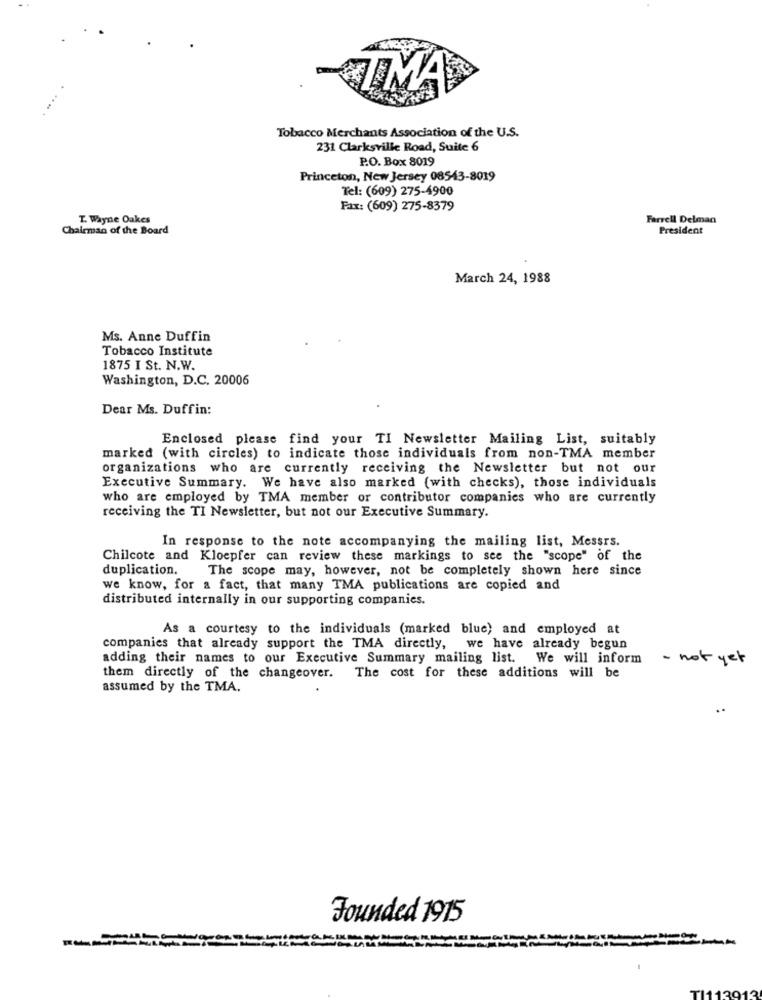
TMA
Tobacco Merchants Association of the U.S.
231 Clarksville Road, Suite 6
P.O. Box 8019
Princeton, New Jersey 08543-8019
Tel: (609) 275-4900
Fax: (609) 275-8379
T. Wayne Oakes
Farrell Delman
Chairman of the Board
President
March 24, 1988
Ms. Anne Duffin
Tobacco Institute
1875 I St. N.W.
Washington, D.C. 20006
Dear Ms. Duffin:
Enclosed please find your TI Newsletter Mailing List, suitably
marked (with circles) to indicate those individuals from non-TMA member
organizations who are currently receiving the Newsletter but not our
Executive Summary. We have also marked (with checks), those individuals
who are employed by TMA member or contributor companies who are currently
receiving the TI Newsletter, but not our Executive Summary.
In response to the note accompanying the mailing list, Messrs.
Chilcote and Kloepfer can review these markings to see the "scope" of the
duplication.
The scope may, however, not be completely shown here since
we know, for a fact, that many TMA publications are copied and
distributed internally in our supporting companies.
As a courtesy to the individuals (marked blue) and employed at
companies that already support the TMA directly, we have already begun
adding their names to our Executive Summary mailing list. We will inform
- not yet
The cost for these additions will be
them directly of the changeover.
assumed by the TMA.
Founded 1915